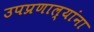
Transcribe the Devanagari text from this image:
उपप्रणाल्यांना